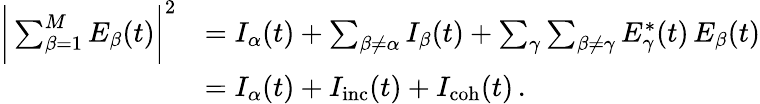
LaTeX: \begin{array}{rl}{\bigg|\sum_{\beta=1}^{M}E_{\beta}(t)\bigg|^{2}}&{=I_{\alpha}(t)+\sum_{\beta\neq\alpha}I_{\beta}(t)+\sum_{\gamma}\sum_{\beta\neq\gamma}E_{\gamma}^{*}(t)\, E_{\beta}(t)}\\ &{=I_{\alpha}(t)+I_{\mathrm{inc}}(t)+I_{\mathrm{coh}}(t)\, .}\end{array}